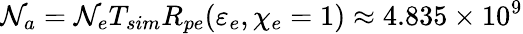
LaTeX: \mathcal{N}_{a}=\mathcal{N}_{e}T_{sim}R_{pe}(\varepsilon_{e},\chi_{e}=1)\approx4.835\times10^{9}